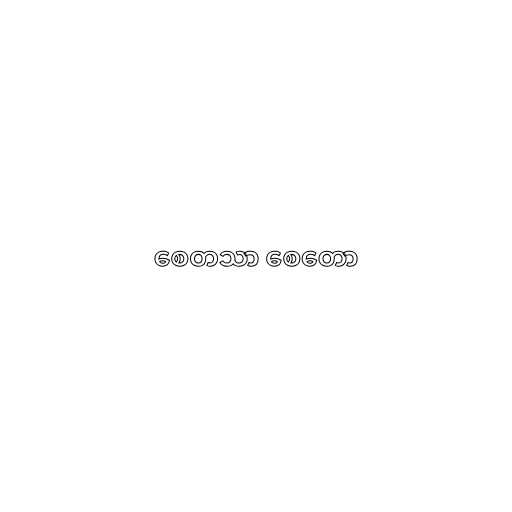
စေတသာ စေတော